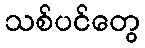
သစ်ပင်တွေ